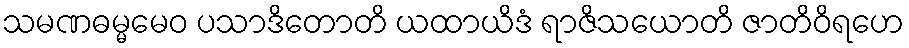
သမဏဓမ္မမေဝ ပသာဒိတောတိ ယထာယိဒံ ရာဇိသယောတိ ဇာတိဝိရဟေ